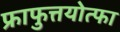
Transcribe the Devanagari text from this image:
फ्राफुत्तयोत्फा